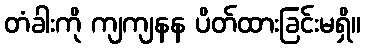
တံခါးကို ကျကျနန ပိတ်ထားခြင်းမရှိ။